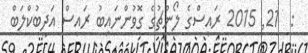
:  21